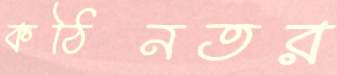
কঠিনতর